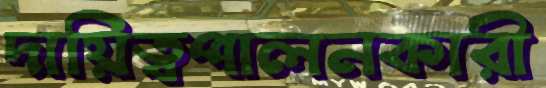
দায়িত্বপালনকারী